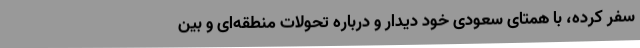
سفر کرده، با همتای سعودی خود دیدار و درباره تحولات منطقه‌ای و بین